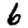
Digit: 6